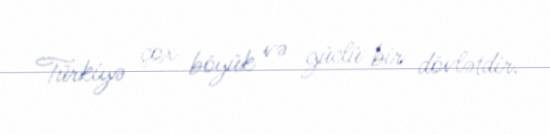
Türkiyə çox böyük və güclü bir dövlətdir.